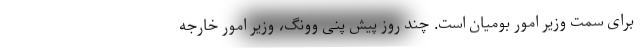
برای سمت وزیر امور بومیان است. چند روز پیش پنی وونگ، وزیر امور خارجه